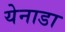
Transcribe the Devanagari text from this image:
येनाडा